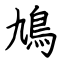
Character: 鳩